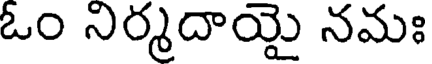
ఓం నిర్మదాయై నమః